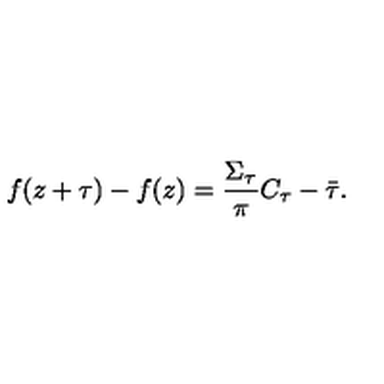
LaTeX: f ( z + \tau ) - f ( z ) = \frac { \Sigma _ { \tau } } { \pi } C _ { \tau } - \bar { \tau } .